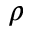
\rho